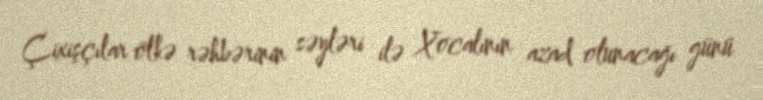
Çixişçılar ölkə rəhbərinin səyləri ilə Xocalının azad olunacağı günü